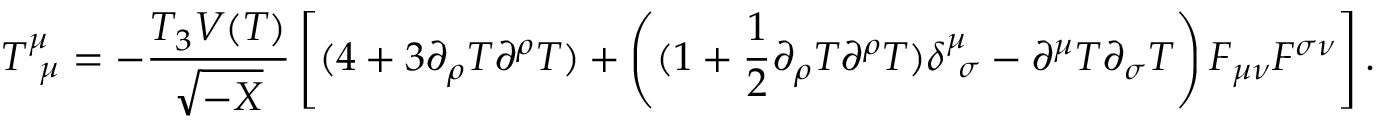
T _ { ~ \mu } ^ { \mu } = - \frac { T _ { 3 } V ( T ) } { \sqrt { - X } } \left[ ( 4 + 3 \partial _ { \rho } T \partial ^ { \rho } T ) + \left( ( 1 + \frac 1 2 \partial _ { \rho } T \partial ^ { \rho } T ) \delta _ { ~ \sigma } ^ { \mu } - \partial ^ { \mu } T \partial _ { \sigma } T \right) F _ { \mu \nu } F ^ { \sigma \nu } \right] .